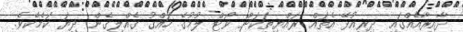
ދާއިރާއެއްގައި ދިރިއުޅޭ އެތައް ރައްޔިތަކަށް ވޯޓް ލުމުގެ ހައްގު ގެއްލިގެން ދިޔަ ކަމެކެވެ.